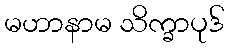
မဟာနာမ သိက္ခာပုဒ်